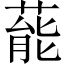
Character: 𮐝